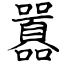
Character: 囂